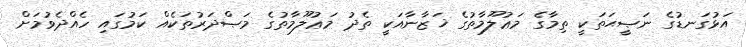
އަޅުގަނޑުގެ ނަޞީޙަތަކީ ތިމާގެ މަޢުލޫމާތުގެ ޚަޒާނާއަކީ ތެދު މަޢުލޫމާތުގެ މަޞްދަރުތަކެއް ކަމުގައި ހެއްދެވުމަށް